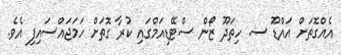
އެއްގޮތަށް އައްޑޫ ސ. ހިތަދޫ ޒޯން ސްޓޭޑިއަމްގައި ކުރާ ގޮތަށް ހަމަޖައްސައިފި އެވެ.